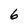
Character: 6